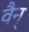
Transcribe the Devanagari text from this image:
वैन्